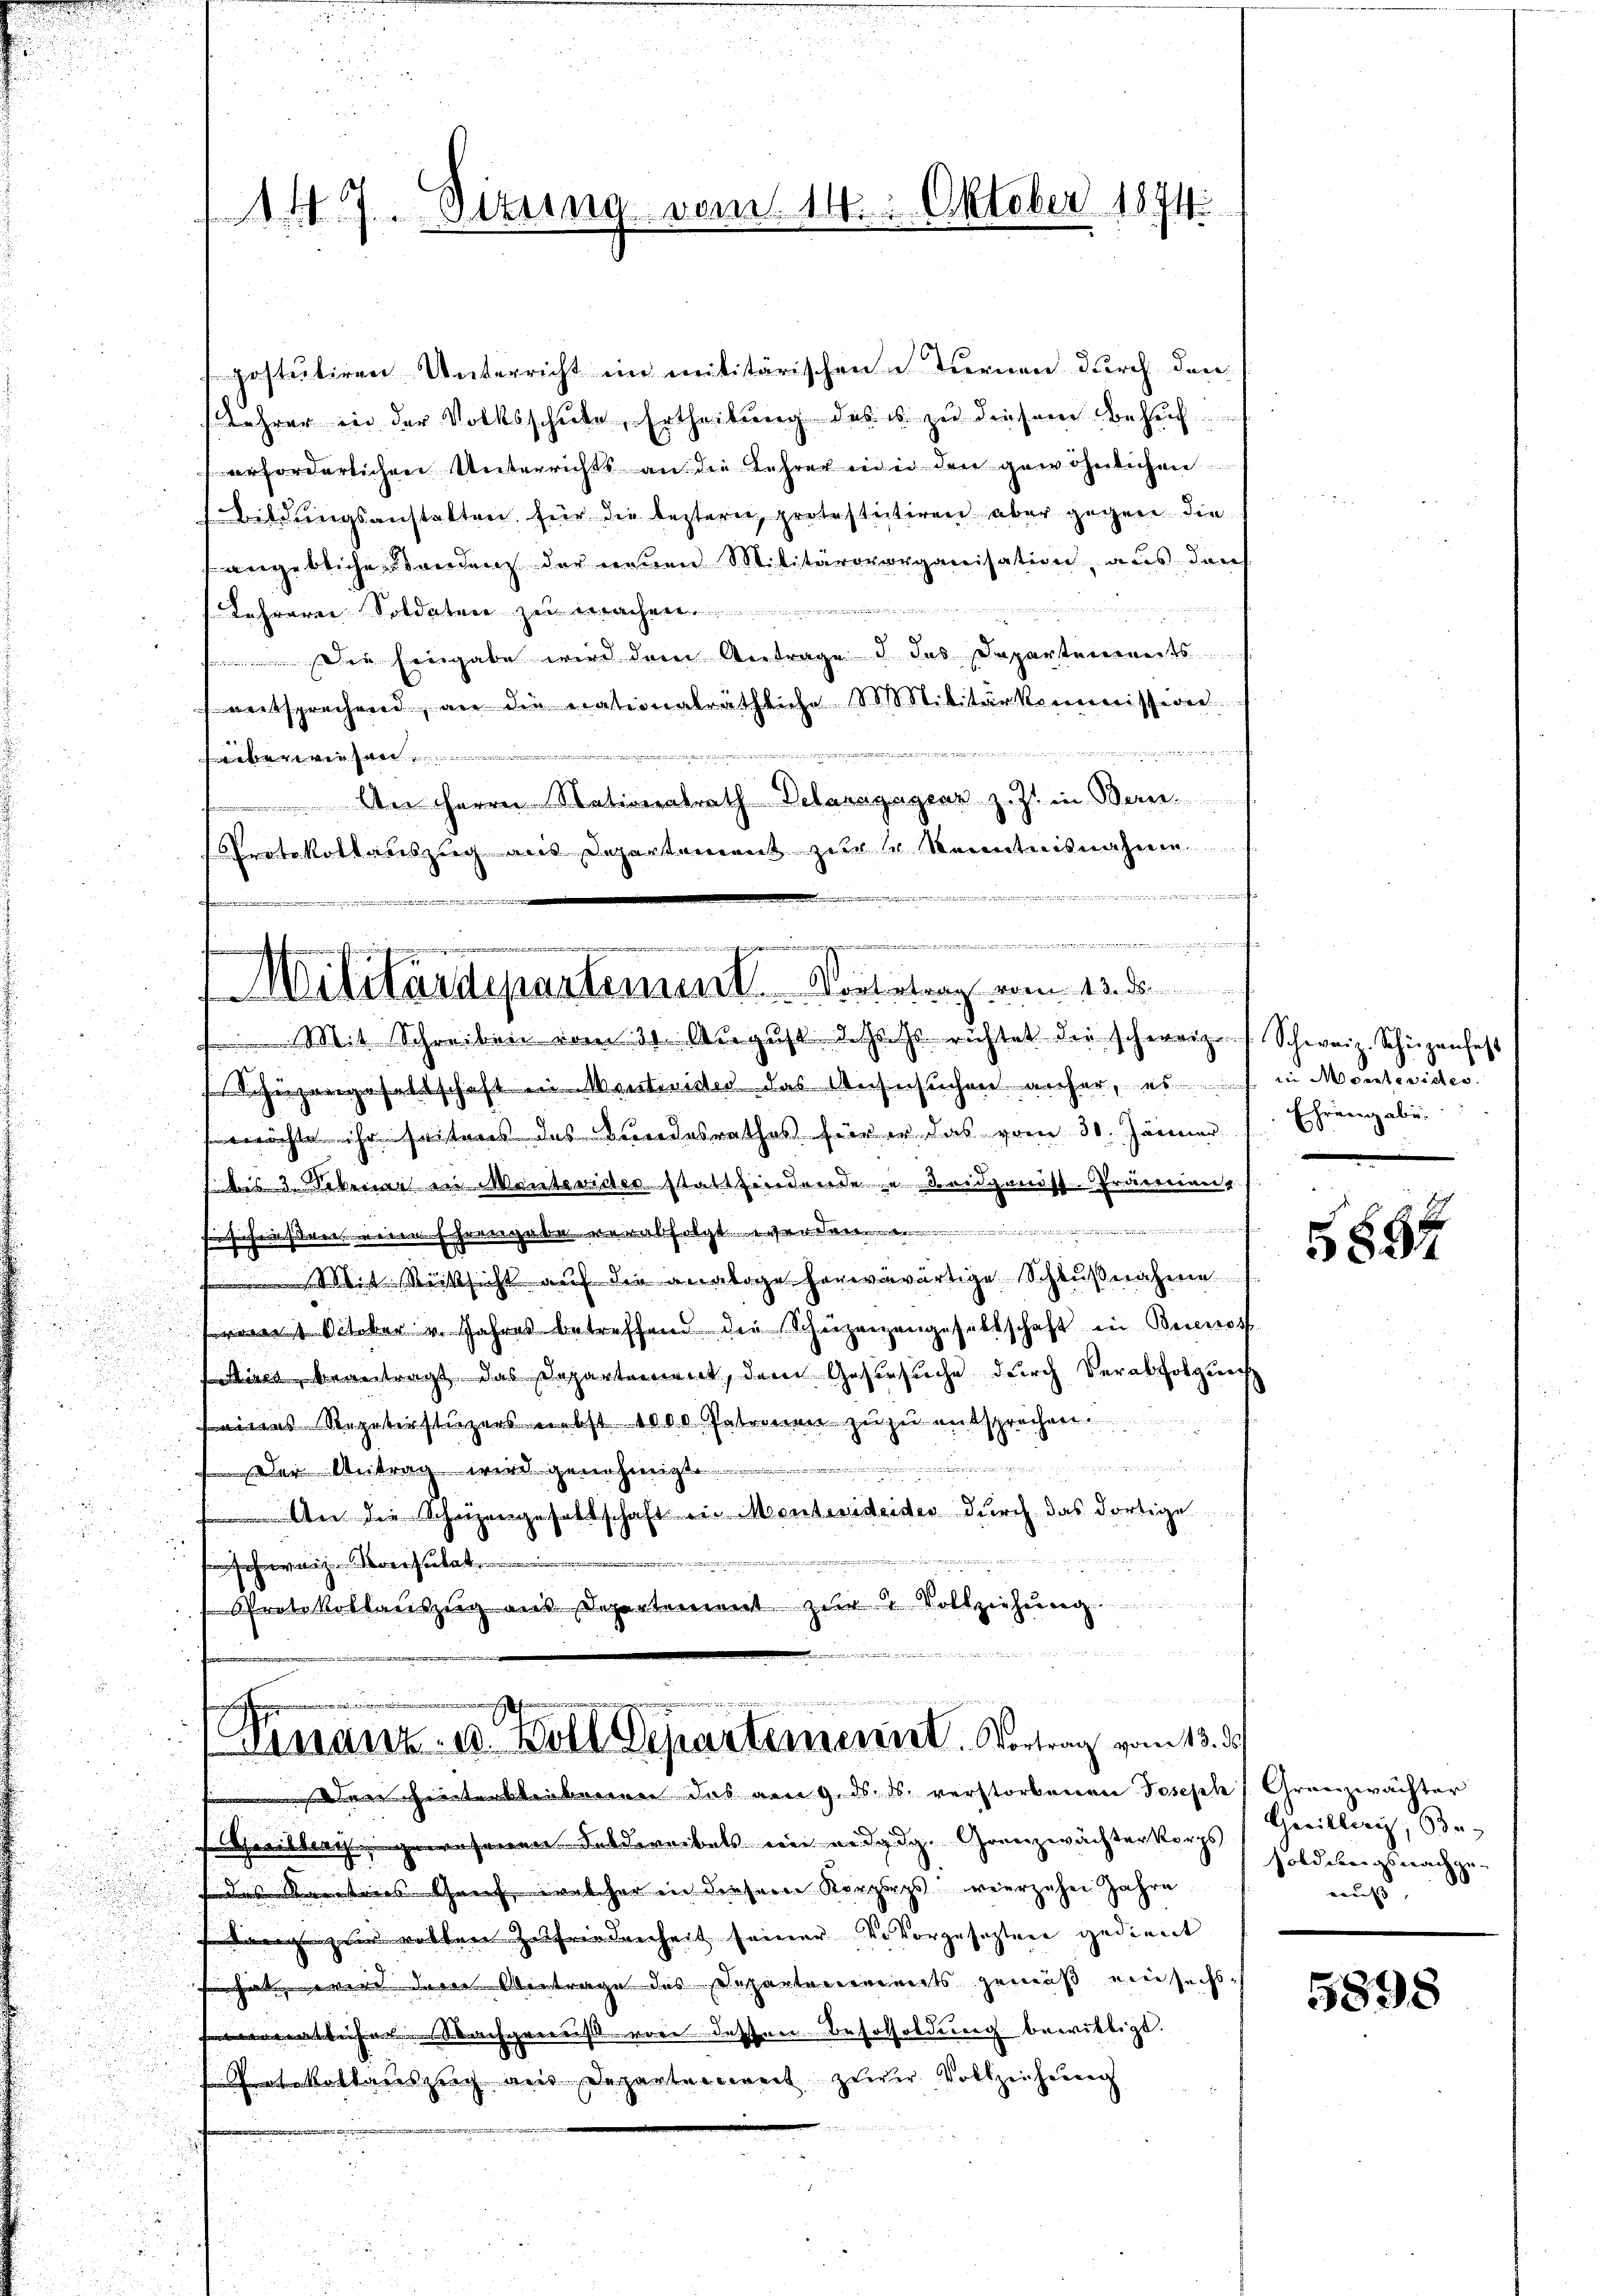
147. Octung vom 14. Oktober 1874.

Militärdepartement. Vortetrag vom 13. d.

Mit Schreiben vom 31. August d. Js. Es richtet die schweiz. Schweiz. Schüzenfess
angehaltschaft ein Mentinister das Angesuchen anher, es ich in Monteviden.
ächte ihr seiteres des Bundesrathes für er das vom 30. Jänner
bis 3. Nebener in Mantevider stattfindende und Bridgenöss-Präserenz
schensten einen Ehrengabe verabfolgten dan
Mit Rücksicht auf die analoge hervorwärtige Schlußnahme
st Silber v. Jahres betreffend die Schüzenzengesellschaft in Buenos
Aires, beantragt, das Departement, dem Gesersuche durch Verabfolgung
ias Repaterstüzens nebst 1000 Getronen zu zu entsprechen

Der Antrag wird genehmigt
ber die Schrezengehaltschaft in Montevideides durch das dortige
schweiz derseitet
Protokolaŭszŭg aŭs Departement zŭr 2 Vollziehŭng
1814.

postuliren Unterricht im militärischen Turnen durch den
Lehrer in der Volksschŭle, Ertheilŭng des u zŭ diesem Behuf
erforderlichen Unterrichts an die Lehrer der den gewöhnlichen
 Bildungsanstalten für die bestern, protestectiren aber gegen die
angeblichendendenz der neuen Militärovorganisation, aus durch

Lehreren Soldaten zu machen

 in eingabe wird dem Antrage d des Departenereits
entsprechend, an die nationalräthliche Militärkommission.
mner von
enwinde
An Herrn Nationalrath Pelazagager z. Z. in Bern
Protokollauszug aus Departement zur Kenntnisnahme
n
                       gegen und
t
de

r
Finanz- u. Boll Departement. Vortrag vom 13. d.

hinterbleiben das vom 9. ds. ds. verstorbenen Joseph Granzwächter
Grailberg gewesenen Feldereitals ein eidg. Granzwächterkorps, Holderungsnachge-
des Kennteres Greif, welcher in diesene Korporps vierzehen Jahre
sding zu wolten Zufriedenheit seiner Vervorgesezten gedient
si hat, wenn davon Obertrage des Departenereits gemäß ein sechssenamtleisenachgrieres wäre dessen Besolholdung bewilligt.
u
askalkauszug aus Departenwert zuver Vollzeichnng
u
n

Ehren abe

5894

Heiller, Be-
muß.

5898